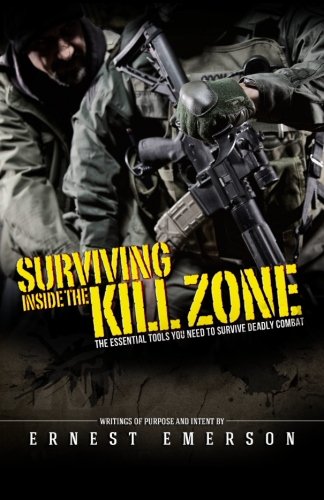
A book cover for Surviving Inside the Kill Zone: The Essential Tools You Need to Survive Deadly Combat; Ernest Emerson; Sports & Outdoors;